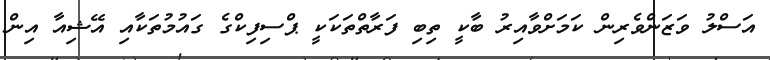
އަސްލު ވަޒަންވެރިން ކަމަށްވާއިރު ބާކީ ތިބި ފަރާތްތަކަކީ ޕްސިފިކްގެ ގައުމުތަކާއި އޭޝިއާ އިން